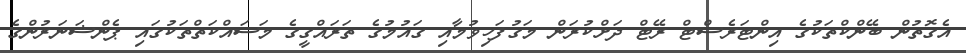
އެގޮތުން ބޭންކްތަކުގެ އިންޓަރެސްޓް ރޭޓް ދަށްކުރަން މަގުފަހިވުމާއި ގައުމުގެ ތަރައްގީގެ މަސައްކަތްތަކުގައި ޕެންޝަނަރުންގެ